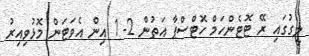
ލީގުގައި ރޭ ޓޮޓެންހަމް ހޮޓްސްޕާ އަތުން 2- 1 އިން އެވަޓަން މޮޅުވިއިރު